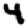
Digit: 4